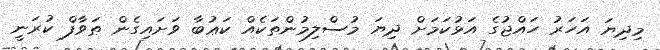
މިދިޔަ އަހަރު ހައްޖުގެ އަޅުކަމަށް ދިޔަ މުސްލިމުންތަކެއް ކަޢުބާ ވަށައިގެން ޠަވާފް ކުރަނީ